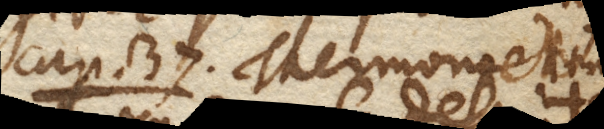
Cap. 37. Thermometrum